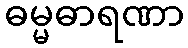
ဓမ္မဓာရဏာ